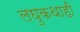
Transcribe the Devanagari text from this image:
लघुकथाही